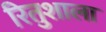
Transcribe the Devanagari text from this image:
रितुशाला